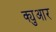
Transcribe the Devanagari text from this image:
क्युआर